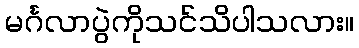
မင်္ဂလာပွဲကိုသင်သိပါသလား။